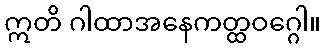
ဣတိ ဂါထာအနေကတ္ထဝဂ္ဂေါ။